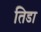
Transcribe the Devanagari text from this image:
तिडा